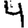
Digit: 4